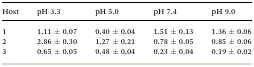
| Host | pH 3.3 | pH 5.0 | pH 7.4 | pH 9.0 |
 | --- | --- | --- | --- | --- |
 | 1 | 1.11 ± 0.07 | 0.40 ± 0.04 | 1.51 ± 0.13 | 1.36 ± 0.06 |
 | 2 | 2.86 ± 0.30 | 1.27 ± 0.21 | 0.78 ± 0.05 | 0.85 ± 0.06 |
 | 3 | 0.65 ± 0.05 | 0.48 ± 0.04 | 0.23 ± 0.04 | 0.19 ± 0.02 |